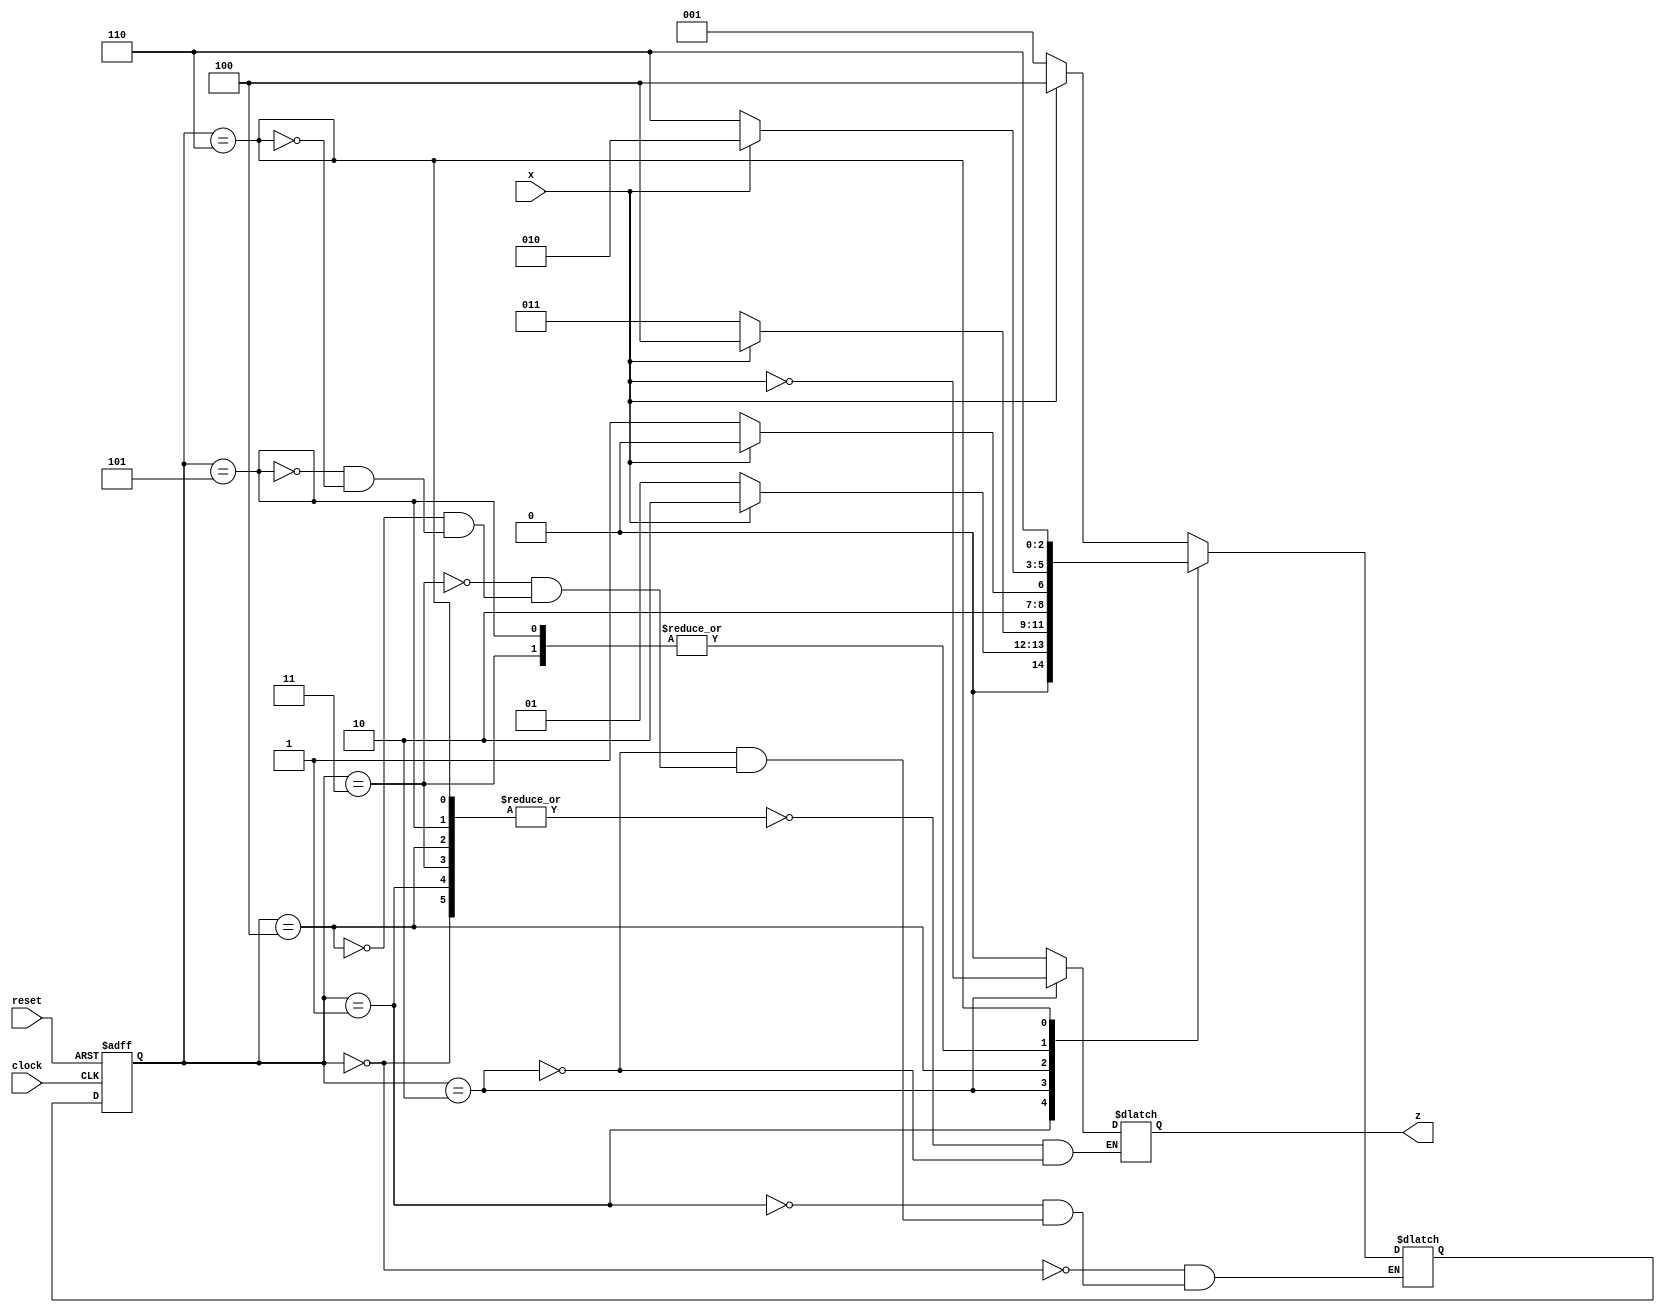
module Lab3_Sequence_Recognizer_state_diagram(input x,clock,reset,output z);
    reg [2:0] state,next_state;
    reg z;
    parameter S0=3'b000,S1=001,S2=3'b010,S3=3'b011,S4=3'b100,S5=3'b101,S6=3'b110;
    always @(posedge clock,negedge reset)
        if(reset == 0) state <= S0;
        else state <= next_state;
    always @(state,x)
        case(state)
            S0: if(x) next_state = S4; else next_state =S1;
            S1: if(x) next_state = S2; else next_state =S1;
            S2: if(x) next_state = S4; else next_state =S3;
            S3: if(x) next_state = S2; else next_state =S6;
            S4: if(x) next_state = S4; else next_state =S5;
            S5: if(x) next_state = S2; else next_state =S6;
            S6: if(x) next_state = S6; else next_state =S6;
        endcase
    always @(state,x)
        case(state)
            S0,S1,S3,S4,S5,S6: z=0;
            S2: z= ~x;
        endcase
endmodule